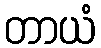
တာယံ